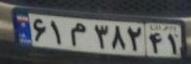
۶۱م۳۸۲۴۱